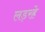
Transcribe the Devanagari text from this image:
लड़रहे